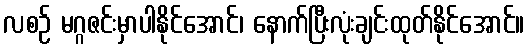
လစဉ် မဂ္ဂဇင်းမှာပါနိုင်အောင်၊ နောက်ပြီးလုံးချင်းထုတ်နိုင်အောင်။